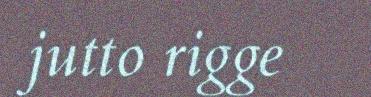
jutto rigge